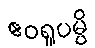
ဧဝရူပမ္ပိ